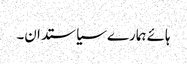
ہائے ہمارے سیاستدان۔